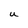
Character: u